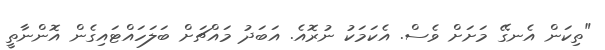
"ތިކަން އެނގޭ މަށަށް ވެސް. އެކަމަކު ނުރޮއެ. އަބަދު މައްޗަށް ބަލަހައްޓައިގެން އޮންނާތީ